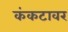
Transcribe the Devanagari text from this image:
कंकटावर